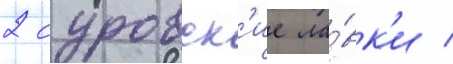
2 суровск'ие ла́вк'и /